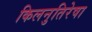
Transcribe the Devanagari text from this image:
किलनुतिरेषा